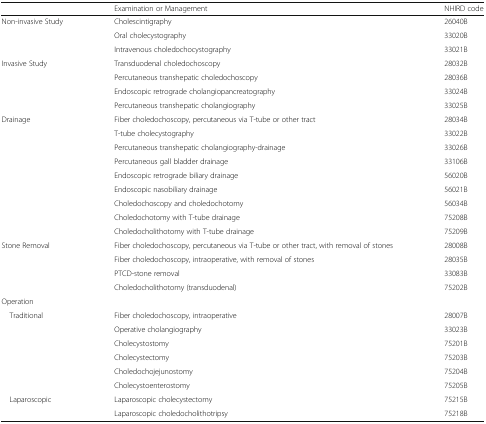
<table><thead><tr><td></td><td><b>Examination or Management</b></td><td><b>NHIRD code</b></td></tr></thead><tbody><tr><td rowspan="3">Non-invasive Study</td><td>Cholescintigraphy</td><td>26040B</td></tr><tr><td>Oral cholecystography</td><td>33020B</td></tr><tr><td>Intravenous choledochocystography</td><td>33021B</td></tr><tr><td rowspan="4">Invasive Study</td><td>Transduodenal choledochoscopy</td><td>28032B</td></tr><tr><td>Percutaneous transhepatic choledochoscopy</td><td>28036B</td></tr><tr><td>Endoscopic retrograde cholangiopancreatography</td><td>33024B</td></tr><tr><td>Percutaneous transhepatic cholangiography</td><td>33025B</td></tr><tr><td rowspan="9">Drainage</td><td>Fiber choledochoscopy, percutaneous via T-tube or other tract</td><td>28034B</td></tr><tr><td>T-tube cholecystography</td><td>33022B</td></tr><tr><td>Percutaneous transhepatic cholangiography-drainage</td><td>33026B</td></tr><tr><td>Percutaneous gall bladder drainage</td><td>33106B</td></tr><tr><td>Endoscopic retrograde biliary drainage</td><td>56020B</td></tr><tr><td>Endoscopic nasobiliary drainage</td><td>56021B</td></tr><tr><td>Choledochoscopy and choledochotomy</td><td>56034B</td></tr><tr><td>Choledochotomy with T-tube drainage</td><td>75208B</td></tr><tr><td>Choledocholithotomy with T-tube drainage</td><td>75209B</td></tr><tr><td rowspan="4">Stone Removal</td><td>Fiber choledochoscopy, percutaneous via T-tube or other tract, with removal of stones</td><td>28008B</td></tr><tr><td>Fiber choledochoscopy, intraoperative, with removal of stones</td><td>28035B</td></tr><tr><td>PTCD-stone removal</td><td>33083B</td></tr><tr><td>Choledocholithotomy (transduodenal)</td><td>75202B</td></tr><tr><td colspan="3">Operation</td></tr><tr><td rowspan="6"> Traditional</td><td>Fiber choledochoscopy, intraoperative</td><td>28007B</td></tr><tr><td>Operative cholangiography</td><td>33023B</td></tr><tr><td>Cholecystostomy</td><td>75201B</td></tr><tr><td>Cholecystectomy</td><td>75203B</td></tr><tr><td>Choledochojejunostomy</td><td>75204B</td></tr><tr><td>Cholecystoenterostomy</td><td>75205B</td></tr><tr><td rowspan="2"> Laparoscopic</td><td>Laparoscopic cholecystectomy</td><td>75215B</td></tr><tr><td>Laparoscopic choledocholithotripsy</td><td>75218B</td></tr></tbody></table>